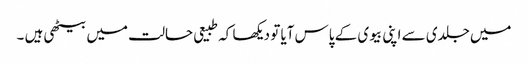
میں جلدی سے اپنی بیوی کے پاس آیا تو دیکھا کہ طبیعی حالت میں بیٹھی ہیں ۔